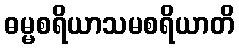
ဓမ္မစရိယာသမစရိယာတိ